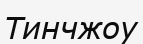
Тинчжоу